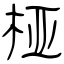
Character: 桠